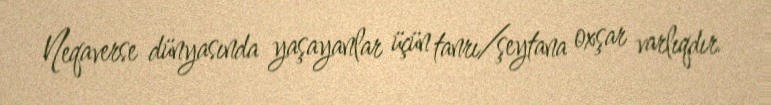
Neqaverse dünyasında yaşayanlar üçün tanrı/şeytana oxşar varlıqdır.